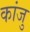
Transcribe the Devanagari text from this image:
कांजु